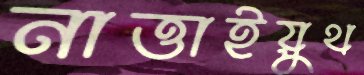
নাত্তাইয়ুথ